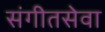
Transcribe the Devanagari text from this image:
संगीतसेवा